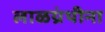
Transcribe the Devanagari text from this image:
लाळग्रंथीना